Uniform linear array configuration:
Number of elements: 32
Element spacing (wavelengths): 1
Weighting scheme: uniform
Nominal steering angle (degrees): -30
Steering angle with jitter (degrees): -30.567
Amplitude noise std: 0.05
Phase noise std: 0.05

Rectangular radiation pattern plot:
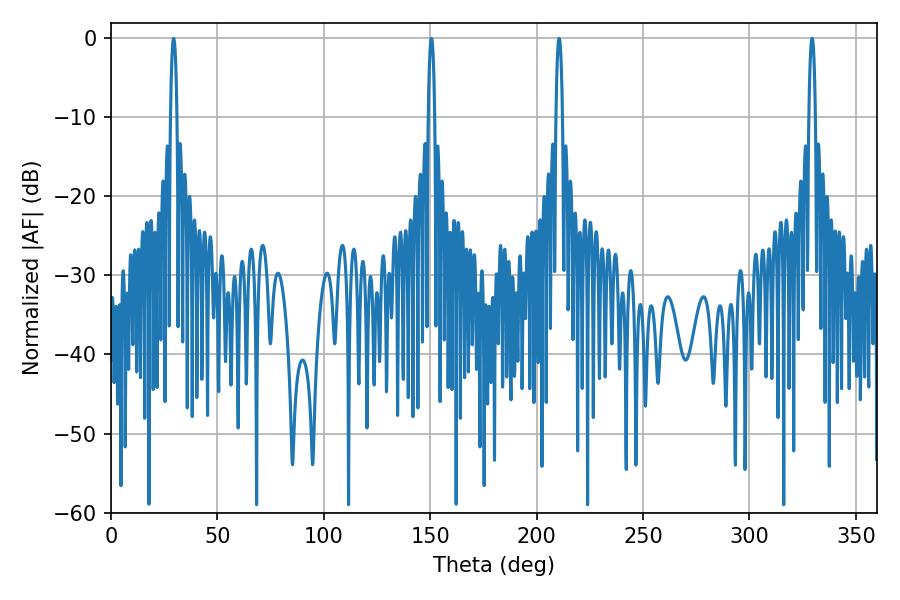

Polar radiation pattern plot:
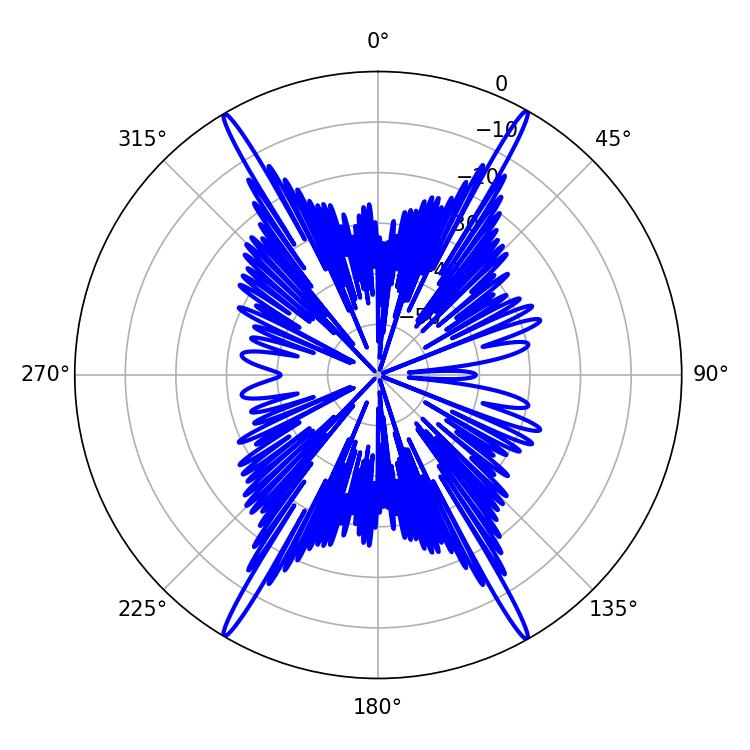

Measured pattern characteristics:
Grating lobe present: TRUE
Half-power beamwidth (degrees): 1.62
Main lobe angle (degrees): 210.6